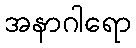
အနာဂါရော